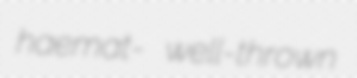
haemat- well-thrown